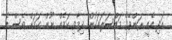
އަދި އެއީ ރަންވޭގެ މައްސަލައަކުން ދިމާވި ކަމެއް ނޫން ކަމަށް ވެސް އެ